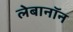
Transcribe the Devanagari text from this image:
लेबानॉन